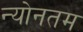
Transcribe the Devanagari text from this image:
न्योनतम